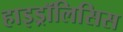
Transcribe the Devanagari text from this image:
हाइड्रॉलिसिस